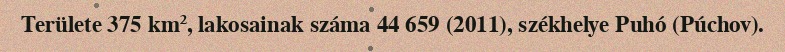
Területe 375 km², lakosainak száma 44 659 (2011), székhelye Puhó (Púchov).